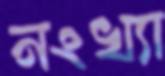
নংখ্যা